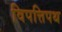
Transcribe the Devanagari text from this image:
विपत्तिपथ